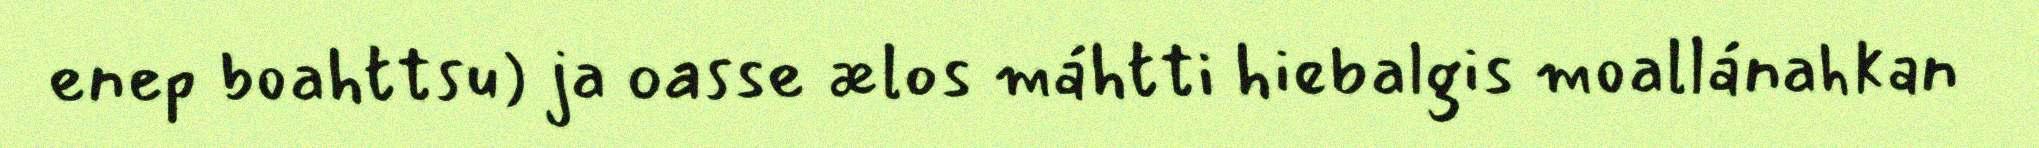
enep boahttsu) ja oasse ælos máhtti hiebalgis moallánahkan